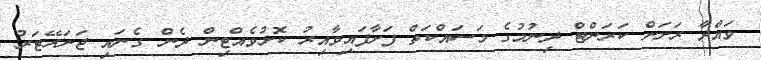
ވައްދާ ރަށަށް ކަރަންޓް ދިނުމުގެ މަސައްކަތް ފަށާފައިވާއިރު ކޮޅުވެއްޓިން ދެން ގެނައި ޖަނަރޭޓަރު